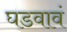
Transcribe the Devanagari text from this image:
घडवावं